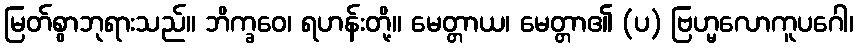
မြတ်စွာဘုရားသည်။ ဘိက္ခဝေ၊ ရဟန်းတို့။ မေတ္တာယ၊ မေတ္တာ၏ (ပ) ဗြဟ္မလောကူပဂေါ၊